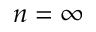
n = \infty